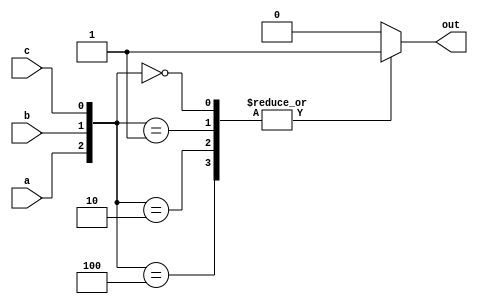
module or_gate(
    input a,
    input b,
    input c,
    output reg out
);

always @(*) begin
    case ({a, b, c})
        3'b000, 3'b001, 3'b010, 3'b100: out = 1;
        default: out = 0;
    endcase
end

endmodule